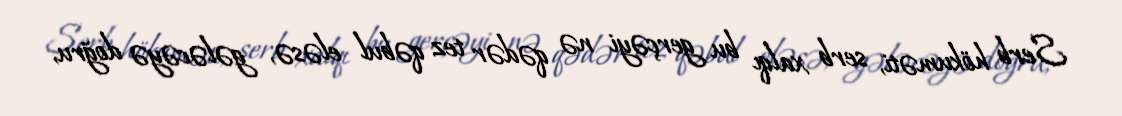
Serb hökuməti, serb xalqı bu gerçəyi nə qədər tez qəbul eləsə, gələcəyə doğru,